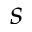
s